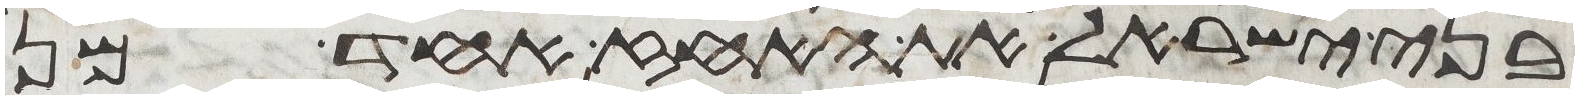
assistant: בני ישראל את האחז אחד מן